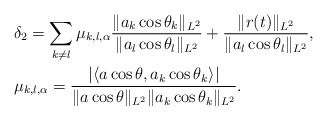
\begin{align*} &\delta_2= \sum_{k\neq l} \mu_{k,l,\alpha}\frac{\|a_k\cos \theta_k\|_{L^2}}{\|a_l\cos \theta_l\|_{L^2}} +\frac{\|r(t)\|_{L^2}}{\|a_l\cos \theta_l\|_{L^2}},\\&\mu_{k,l,\alpha}=\frac{\left| \langle a\cos\theta, a_{k}\cos\theta_{k}\rangle \right|}{\|a\cos\theta\|_{L^2}\|a_k\cos\theta_k\|_{L^2}} .\end{align*}